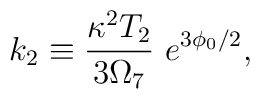
{k_2 \equiv {\kappa^2 T_2\over 3\Omega_7}{}~e^{3\phi_0/2},}